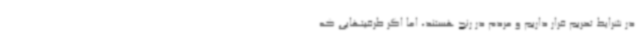
در شرایط تحریم قرار داریم و مردم در رنج هستند، اما اگر ظرفیتهایی که